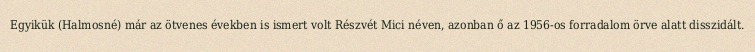
Egyikük (Halmosné) már az ötvenes években is ismert volt Részvét Mici néven, azonban ő az 1956-os forradalom örve alatt disszidált.